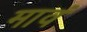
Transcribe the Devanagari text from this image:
मावं